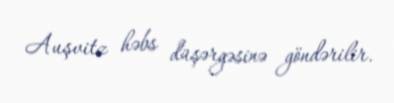
Auşvitz həbs düşərgəsinə göndərilir.